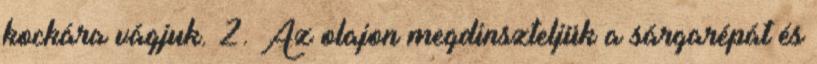
kockára vágjuk. 2. Az olajon megdinszteljük a sárgarépát és